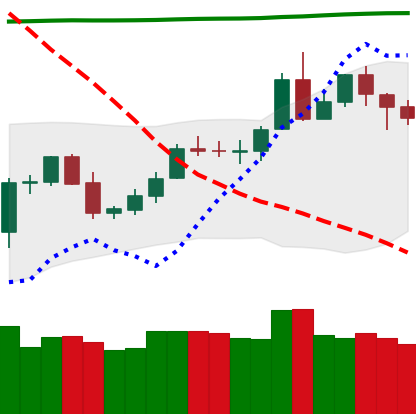
Ticker: LTC-USD
Chart end date: 2020-05-05
Forward return: -9.446%
Label: down_7plus